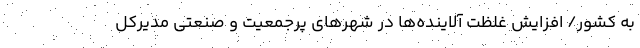
به کشور/ افزایش غلظت آلاینده‌ها در شهرهای ‌پرجمعیت و صنعتی مدیرکل